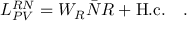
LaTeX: { \cal L } _ { P V } ^ { R N } = W _ { R } { \bar { N } } R + { \mathrm { H . c . } } \ \ \ .